Problem: 34 + 50 = ?
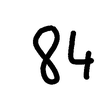
Handwritten answer: 84